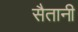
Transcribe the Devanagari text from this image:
सैतानी